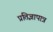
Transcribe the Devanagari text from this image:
प्रतिज्ञापात्र